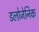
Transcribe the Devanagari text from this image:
डलोजेनिक